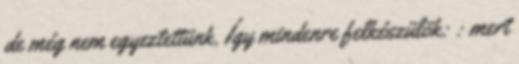
de még nem egyeztettünk. Így mindenre felkészülök: : mert